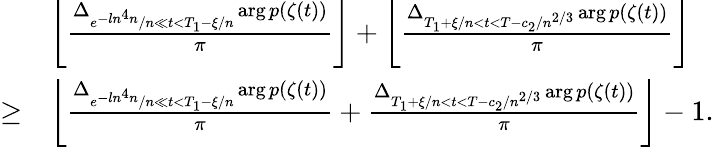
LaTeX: \begin{array}{rl}&{\left\lfloor\frac{\Delta_{e^{-ln^{4}n}/n\ll t<T_{1}-\xi/n}\arg p(\zeta(t))}{\pi}\right\rfloor+\left\lfloor\frac{\Delta_{T_{1}+\xi/n<t<T-c_{2}/n^{2/3}}\arg p(\zeta(t))}{\pi}\right\rfloor}\\ {\ge}&{\left\lfloor\frac{\Delta_{e^{-ln^{4}n}/n\ll t<T_{1}-\xi/n}\arg p(\zeta(t))}{\pi}+\frac{\Delta_{T_{1}+\xi/n<t<T-c_{2}/n^{2/3}}\arg p(\zeta(t))}{\pi}\right\rfloor-1.}\end{array}